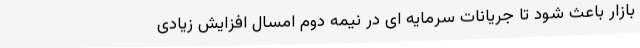
بازار باعث شود تا جریانات سرمایه ای در نیمه دوم امسال افزایش زیادی